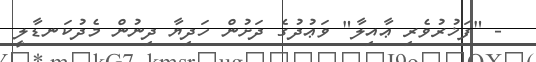
- "ފަޚުރުވެރި ޢާއިލާ" ވަޢުދުގެ ދަށުން ހަދިޔާ ދިނުން މެދުކަނޑާލީ